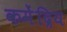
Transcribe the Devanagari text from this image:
कमेंद्रिय